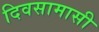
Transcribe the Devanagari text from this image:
दिवसामासी